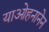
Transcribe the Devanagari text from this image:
याओहनानेन